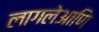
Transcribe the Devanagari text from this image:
लागलेआणि